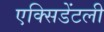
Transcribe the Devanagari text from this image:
एक्सिडेंटली